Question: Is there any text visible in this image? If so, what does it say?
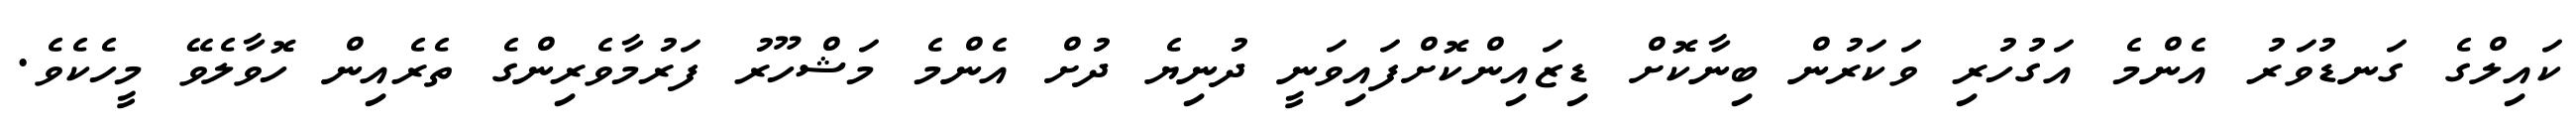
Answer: ކައިލްގެ ގަނޑުވަރު އެންމެ އަގުހުރި ވަކަރުން ބިނާކޮށް ޑިޒައިންކޮށްފައިވަނީ ދުނިޔެ ދުށް އެންމެ މަޝްހޫރު ފަރުމާވެރިންގެ ތެރެއިން ހޮވާލެވޭ މީހެކެވެ.